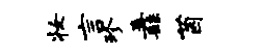
妆言珍纛茵